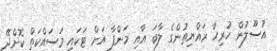
އުސޫލުން ހުރިހާ ރައްޔިތުންގެ ލާބަ އާއި މަންފާ އަށް ޓަކައި މަސައްކަތް ކޮށްދޭ